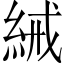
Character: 𬗕